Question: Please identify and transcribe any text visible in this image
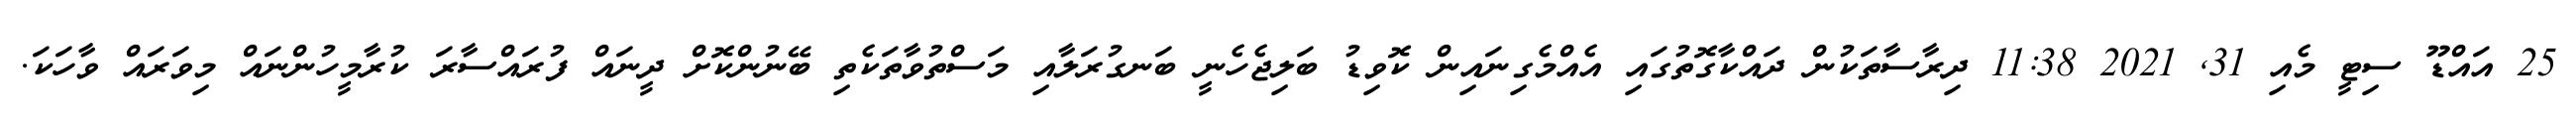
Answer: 25 އައްޑޫ ސިޓީ މެއި 31, 2021 11:38 ދިރާސާތަކުން ދައްކާގޮތުގައި އެއްމެގިނައިން ކޮވިޑު ބަލިޖެހެނީ ބަނގުރަލާއި މަސްތުވާތަކެތި ބޭނުންކޮށް ދީނައް ފުރައްސާރަ ކުރާމީހުންނައް މިވަރައް ވާހަކަ.